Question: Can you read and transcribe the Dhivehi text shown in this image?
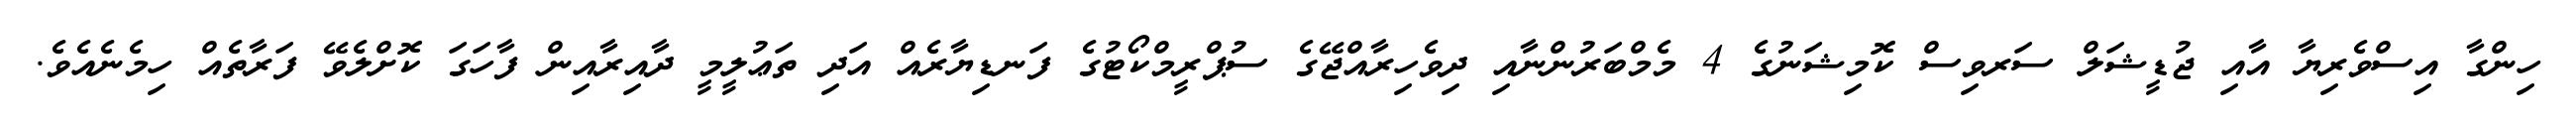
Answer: ހިންގާ އިސްވެރިޔާ އާއި ޖުޑީޝަލް ސަރވިސް ކޮމިޝަނުގެ 4 މެމްބަރުންނާއި ދިވެހިރާއްޖޭގެ ސުޕްރީމްކޯޓުގެ ފަނޑިޔާރެއް އަދި ތަޢުލީމީ ދާއިރާއިން ފާހަގަ ކޮށްލެވޭ ފަރާތެއް ހިމެނެއެވެ.